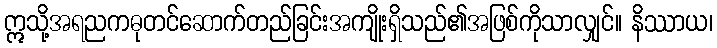
ဣသို့အရညကဓုတင်ဆောက်တည်ခြင်းအကျိုးရှိသည်၏အဖြစ်ကိုသာလျှင်။ နိဿာယ၊